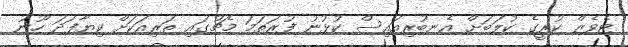
ޓެވެޒް ކުރީގެ ކުލަބަށް އެނބުރިއައިސް ކުޅުނު ފުރަތަމަ މެޗުގައި ތަރިއަކަށް ކިޔާފަދަ ހޫނު